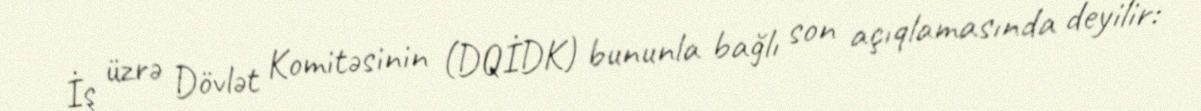
İş üzrə Dövlət Komitəsinin (DQİDK) bununla bağlı son açıqlamasında deyilir: